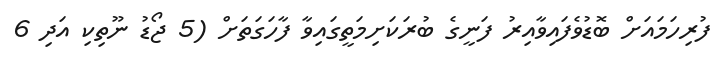
ފުރިހަމައަށް ބޮޑުވެފައިވާއިރު ފަނީގެ ބުރަކަށިމަތީގައިވާ ފާހަގަތަށް (5 ޖޯޑު ނޫތިކި އަދި 6